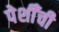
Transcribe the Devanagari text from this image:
पेशीँची